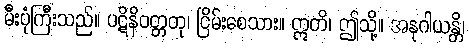
မီးပုံကြီးသည်။ ပဋိနိဝတ္တတု၊ ငြိမ်းစေသား။ ဣတိ၊ ဤသို့။ အနုဂါယန္တိ၊